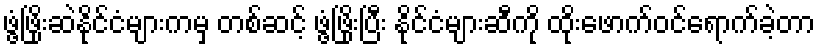
ဖွံ့ဖြိုးဆဲနိုင်ငံများကမှ တစ်ဆင့် ဖွံ့ဖြိုးပြီး နိုင်ငံများဆီကို ထိုးဖောက်ဝင်ရောက်ခဲ့တာ